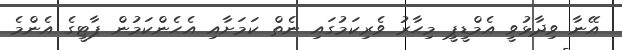
އޭނާ ވިދާޅުވީ އެމްޑީޕީ މިހާރު ވެރިކަމުގައި ނެތް ކަމަށާއި އެހެންކަމުން ޕާޓީގެ އެންމެ